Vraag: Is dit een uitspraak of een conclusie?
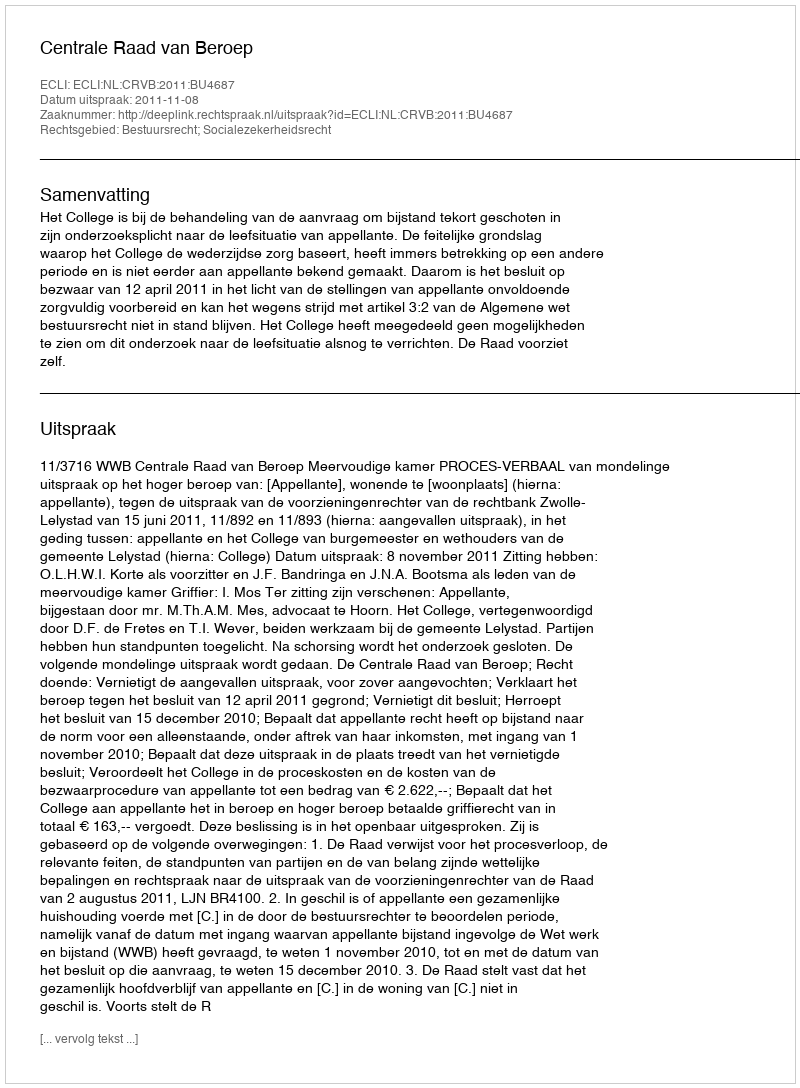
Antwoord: Uitspraak